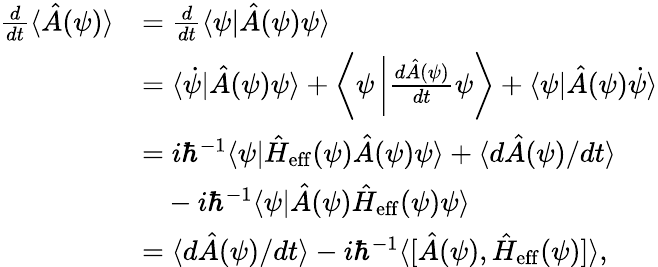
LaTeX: \begin{array}{rl}{\frac{d}{dt}\langle\hat{A}(\psi)\rangle}&{=\frac{d}{dt}\langle\psi|\hat{A}(\psi)\psi\rangle}\\ &{=\langle\dot{\psi}|\hat{A}(\psi)\psi\rangle+\left\langle\psi\left\vert\frac{d\hat{A}(\psi)}{dt}\psi\right.\right\rangle+\langle\psi|\hat{A}(\psi)\dot{\psi}\rangle}\\ &{=i\hbar^{-1}\langle\psi|\hat{H}_{\mathrm{eff}}(\psi)\hat{A}(\psi)\psi\rangle+\langle d\hat{A}(\psi)/dt\rangle}\\ &{~~~-i\hbar^{-1}\langle\psi|\hat{A}(\psi)\hat{H}_{\mathrm{eff}}(\psi)\psi\rangle}\\ &{=\langle d\hat{A}(\psi)/dt\rangle-i\hbar^{-1}\langle\lbrack\hat{A}(\psi),\hat{H}_{\mathrm{eff}}(\psi)]\rangle,}\end{array}